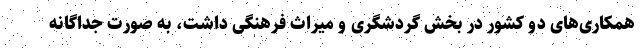
همکاری‌های دو کشور در بخش گردشگری و میراث فرهنگی داشت، به صورت جداگانه